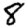
Digit: 8